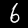
Label: 6